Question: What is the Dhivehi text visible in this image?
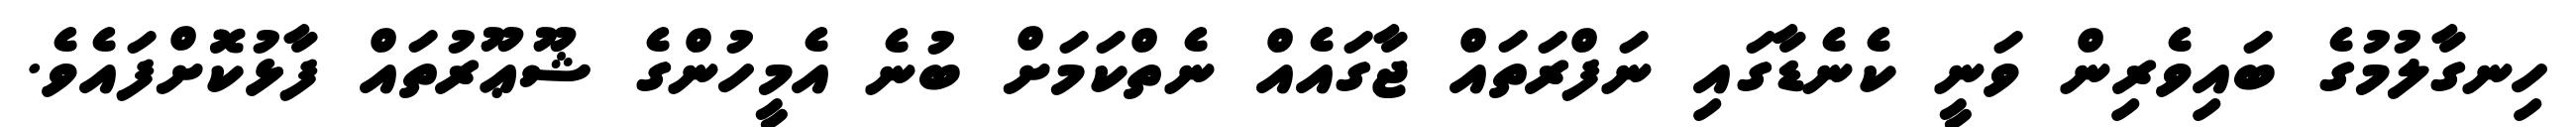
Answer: ހިނގާލުމުގެ ބައިވެރިން ވަނީ ކެނެޑާގައި ނަފްރަތައް ޖާގައެއް ނެތްކަމަށް ބުނެ އެމީހުންގެ ޝޫޢޫރުތައް ފާޅުކޮށްފައެވެ.